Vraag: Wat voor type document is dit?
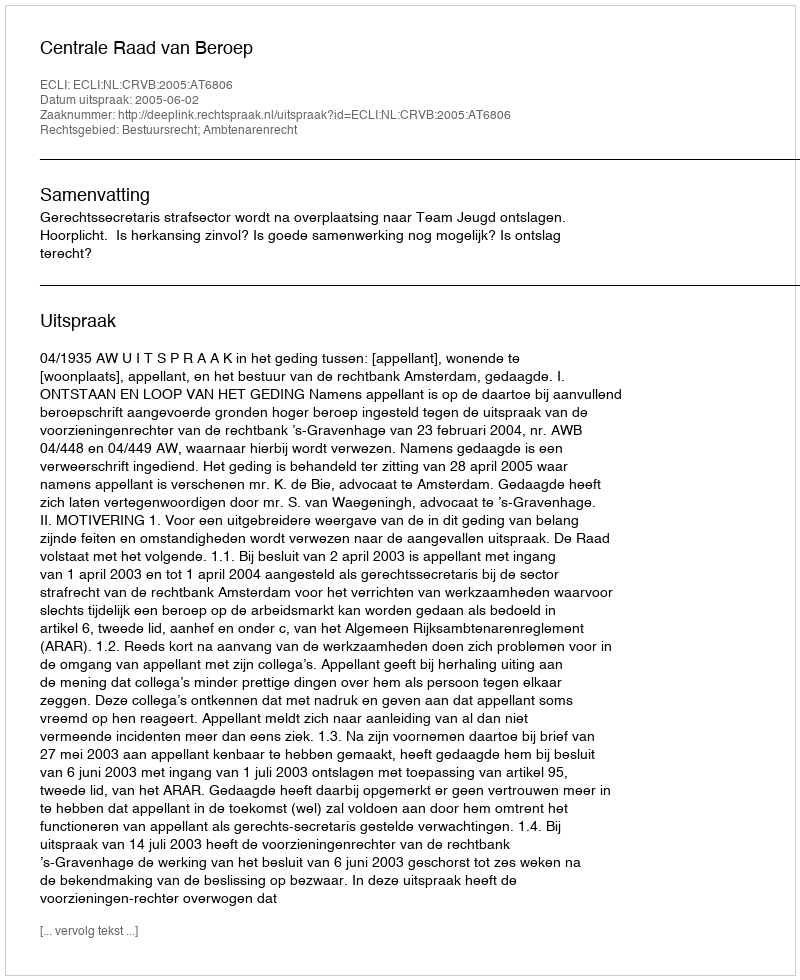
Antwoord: Uitspraak